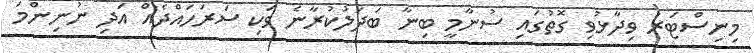
މިނިސްޓަރު ވިދާޅުވި ގޮތުގައި ސުނާމީ ބިނާ ބަދަލުކުރާނެ ވަކި ސަރަަހައްދެއް އަދި ނުނިންމަ